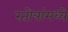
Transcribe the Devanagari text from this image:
स्तोत्रांमध्ये